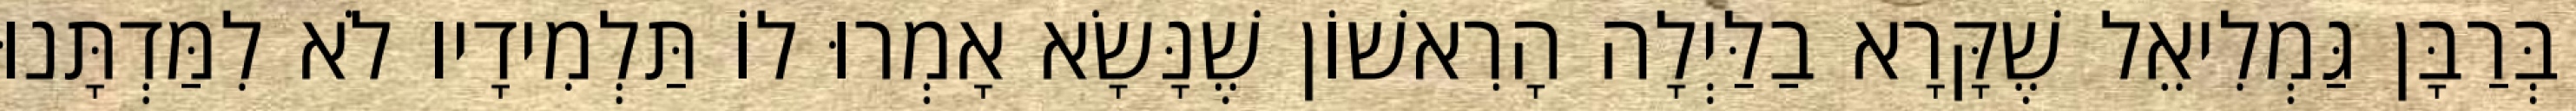
בְּרַבָּן גַּמְלִיאֵל שֶׁקָּרָא בַלַּיְלָה הָרִאשׁוֹן שֶׁנָּשָׂא אָמְרוּ לוֹ תַּלְמִידָיו לֹא לִמַּדְתָּנוּ